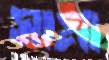
সামা